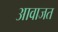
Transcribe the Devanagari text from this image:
आवाजत